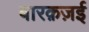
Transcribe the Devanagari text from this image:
बारक़ज़ई